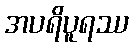
အပရိပူရဿ